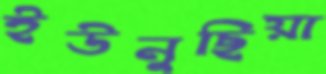
ইউনুছিয়া